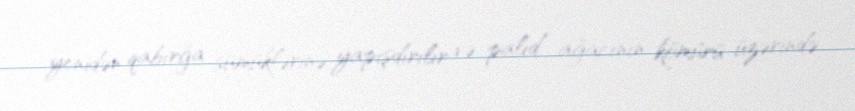
yenidən qabırğa sümüklərinə yapışdırılır və palıd ağacının kömürü üzərində